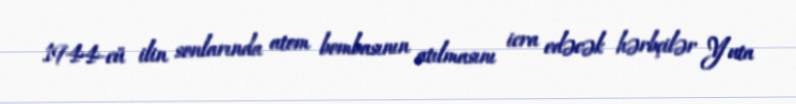
1944-cü ilin sonlarında atom bombasının atılmasını icra edəcək hərbçilər Yuta